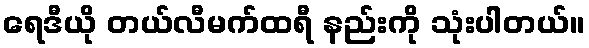
ရေဒီယို တယ်လီမက်ထရီ နည်းကို သုံးပါတယ်။